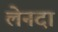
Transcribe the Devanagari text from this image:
लेनदा